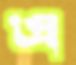
এ